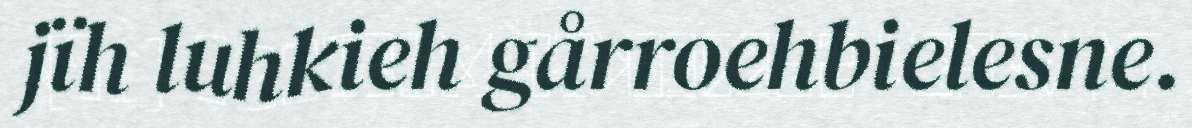
jïh luhkieh gårroehbielesne.